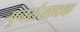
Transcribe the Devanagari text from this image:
पुनर्संसाधक